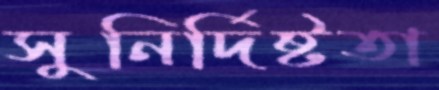
সুনির্দিষ্টতা